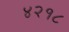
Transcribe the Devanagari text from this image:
४२१८